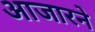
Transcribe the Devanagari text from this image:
आजारने